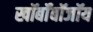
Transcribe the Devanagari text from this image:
खॉर्बॉबॉजॉय